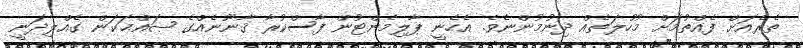
ތެރެއަށް ފެއްތުމަށް މުހުލަތެއް ދިނުމުންނެވެ. އެހެނީ ޕާލިމެންޓުން ފާސްކުރާ ޤާނޫނެއްގެ ޞައްޙަކަން ގެއްލިދަނީ